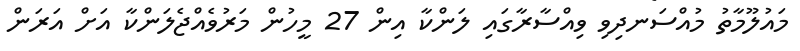
މައުލޫމާތު މުއްސަނދިވި ވިއްސާރާގައި ލަންކާ އިން 27 މީހުން މަރުވެއްޖެލަންކާ އަށް އަރަން